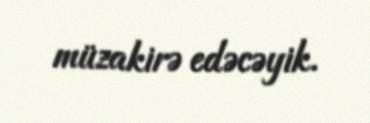
müzakirə edəcəyik.